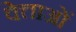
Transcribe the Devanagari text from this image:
वेत्ताओं